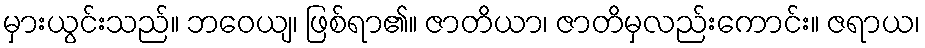
မှားယွင်းသည်။ ဘဝေယျ၊ ဖြစ်ရာ၏။ ဇာတိယာ၊ ဇာတိမှလည်းကောင်း။ ဇရာယ၊